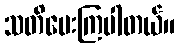
သတိပေးကြပါတယ်။